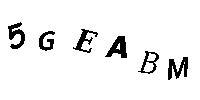
5GEABM